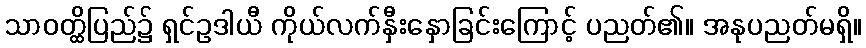
သာဝတ္ထိပြည်၌ ရှင်ဥဒါယီ ကိုယ်လက်နှီးနှောခြင်းကြောင့် ပညတ်၏။ အနုပညတ်မရှိ။